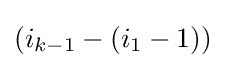
{\textstyle (i_{k-1}-(i_{1}-1))}